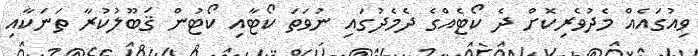
ވިއުގައެއް މެދުވެރިކޮށް ދެ ކޯޓެއްގެ ދެމެދުގައި ނުވަތަ ކޯޓާއި ކޯޓުން ޤަބޫލުކުރާ ތަނަކާއި